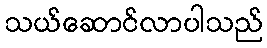
သယ်ဆောင်လာပါသည်